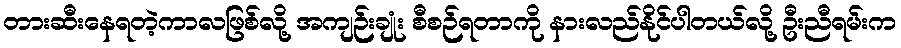
တားဆီးနေရတဲ့ကာလဖြစ်လို့ အကျဉ်းချုံး စီစဉ်ရတာကို နားလည်နိုင်ပါတယ်လို့ ဦးညီရမ်းက